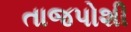
તાજપોશી